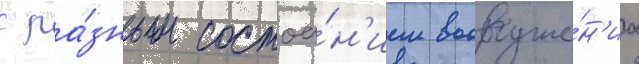
с ра́зным состоа́н'ием вооруже́н'иа